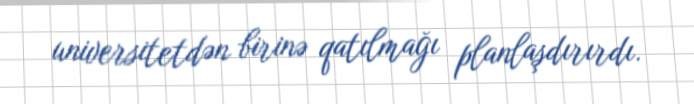
universitetdən birinə qatılmağı planlaşdırırdı.